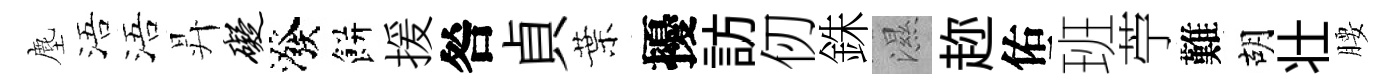
塵浯浯昇碍潑餅援咎貞葉擾訪仞銖濕趂佑班苧難胡壮腰